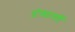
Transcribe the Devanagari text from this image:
डोक्यावर्षी